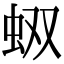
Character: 𧉐